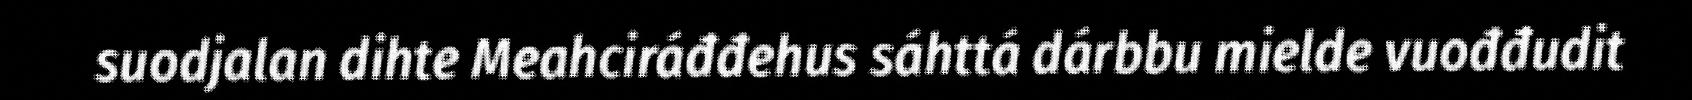
suodjalan dihte Meahciráđđehus sáhttá dárbbu mielde vuođđudit